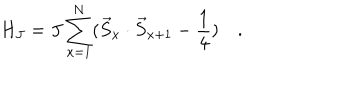
H _ { J } = J \sum _ { x = 1 } ^ { N } ( \vec { S } _ { x } \cdot \vec { S } _ { x + 1 } - \frac { 1 } { 4 } ) \quad .